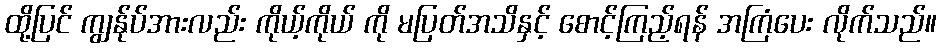
ထို့ပြင် ကျွန်ုပ်အားလည်း ကိုယ့်ကိုယ် ကို မပြတ်အသိနှင့် စောင့်ကြည့်ရန် အကြံပေး လိုက်သည်။